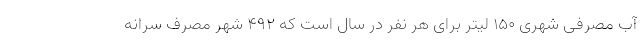
آب مصرفی شهری ۱۵۰ لیتر برای هر نفر در سال است که ۴۹۲ شهر مصرف سرانه